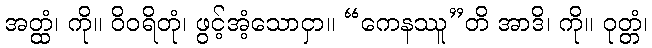
အတ္ထံ၊ ကို။ ဝိဝရိတုံ၊ ဖွင့်အံ့သောငှာ။ “ကေနဿူ”တိ အာဒိ၊ ကို။ ဝုတ္တံ၊